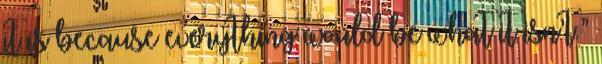
it is because everything would be what it isn’t.”